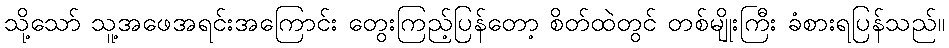
သို့သော် သူ့အဖေအရင်းအကြောင်း တွေးကြည့်ပြန်တော့ စိတ်ထဲတွင် တစ်မျိုးကြီး ခံစားရပြန်သည်။